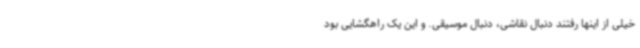
خیلی از اینها رفتند دنبال نقاشی، دنبال موسیقی. و این یک راهگشایی بود